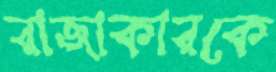
রাজাকারকে